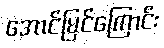
အောင်မြင်ကြောင်း